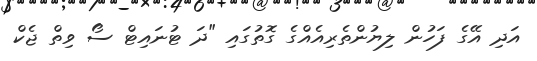
އަދި އޭގެ ފަހުން ލިޔުންތެރިއެއްގެ ގޮތުގައި "ދަ ޓުނައިޓް ސޯ ވިތް ޖެކް